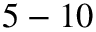
5 - 1 0